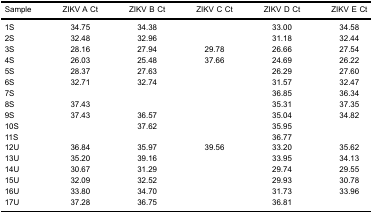
| Sample | ZIKV A Ct | ZIKV B Ct | ZIKV C Ct | ZIKV D Ct | ZIKV E Ct |
 | --- | --- | --- | --- | --- | --- |
 | 1S | 34.75 | 34.38 |  | 33.00 | 34.58 |
 | 2S | 32.48 | 32.96 |  | 31.18 | 32.44 |
 | 3S | 28.16 | 27.94 | 29.78 | 26.66 | 27.54 |
 | 4S | 26.03 | 25.48 | 37.66 | 24.69 | 26.22 |
 | 5S | 28.37 | 27.63 |  | 26.29 | 27.60 |
 | 6S | 32.71 | 32.74 |  | 31.57 | 32.47 |
 | 7S |  |  |  | 36.85 | 36.34 |
 | 8S | 37.43 |  |  | 35.31 | 37.35 |
 | 9S | 37.43 | 36.57 |  | 35.04 | 34.82 |
 | 10S |  | 37.62 |  | 35.95 |  |
 | 11S |  |  |  | 36.77 |  |
 | 12U | 36.84 | 35.97 | 39.56 | 33.20 | 35.62 |
 | 13U | 35.20 | 39.16 |  | 33.95 | 34.13 |
 | 14U | 30.67 | 31.29 |  | 29.74 | 29.55 |
 | 15U | 32.09 | 32.52 |  | 29.93 | 30.78 |
 | 16U | 33.80 | 34.70 |  | 31.73 | 33.96 |
 | 17U | 37.28 | 36.75 |  | 36.81 |  |